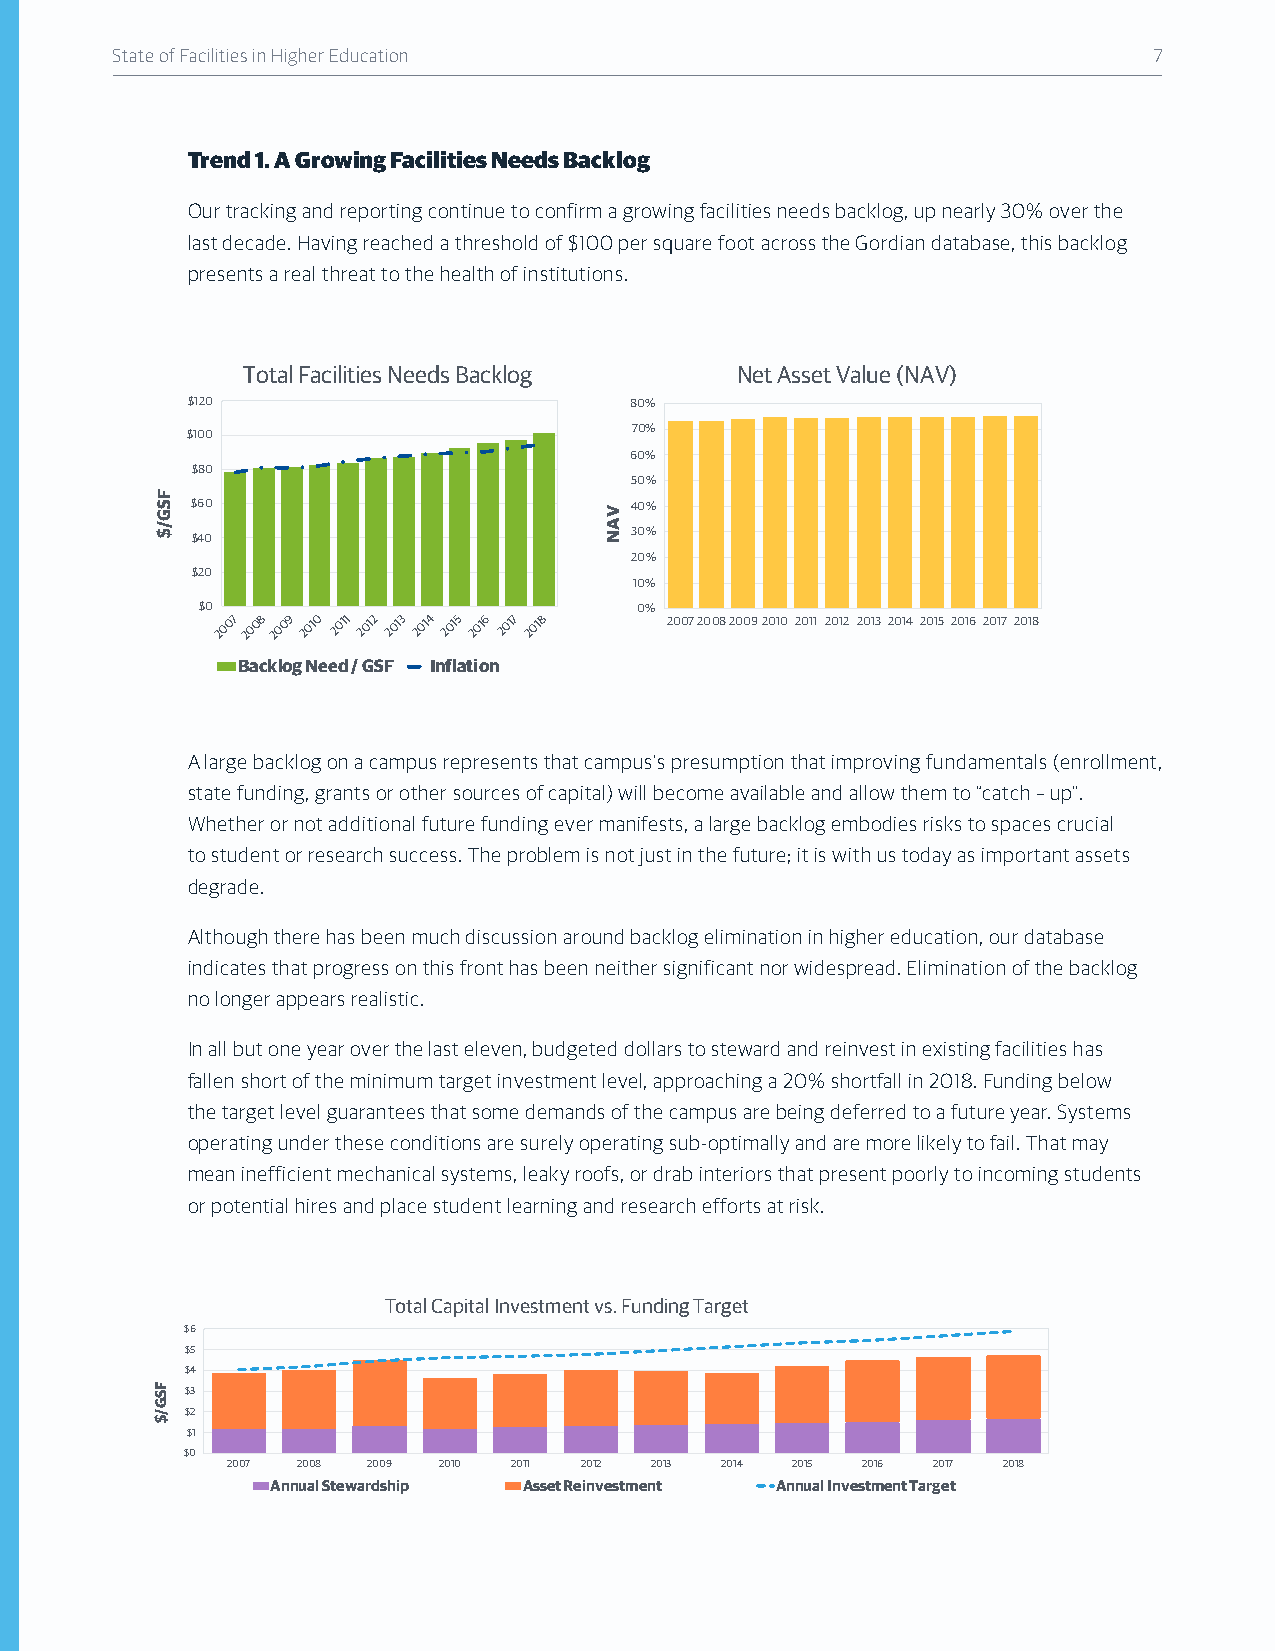
State of Facilities in Higher Education                              7
 Trend 1. A Growing Facilities Needs Backlog
 Our tracking and reporting continue to confirm a growing facilities needs backlog, up nearly 30% over the
 last decade. Having reached a threshold of $100 per square foot across the Gordian database, this backlog
 presents a real threat to the health of institutions.
 Total Facilities Needs Backlog   Net Asset Value (NAV)
 $120                          80%
 $100                          70%
 60%
 $80
 50%
 $60                          40%
 30%
 $40
 20%
 $20
 10%
 $0                           0%
 2007 2008 2009 2010 2011 2012 2013 2014 2015 2016 2017 2018 2007200820092010 2011 2012 2013 2014 2015 2016 2017 2018
 Backlog Need / GSF Inflation
 A large backlog on a campus represents that campus’s presumption that improving fundamentals (enrollment,
 state funding, grants or other sources of capital) will become available and allow them to “catch – up”.
 Whether or not additional future funding ever manifests, a large backlog embodies risks to spaces crucial
 to student or research success. The problem is not just in the future; it is with us today as important assets
 degrade.
 Although there has been much discussion around backlog elimination in higher education, our database
 indicates that progress on this front has been neither significant nor widespread. Elimination of the backlog
 no longer appears realistic.
 In all but one year over the last eleven, budgeted dollars to steward and reinvest in existing facilities has
 fallen short of the minimum target investment level, approaching a 20% shortfall in 2018. Funding below
 the target level guarantees that some demands of the campus are being deferred to a future year. Systems
 operating under these conditions are surely operating sub-optimally and are more likely to fail. That may
 mean inefficient mechanical systems, leaky roofs, or drab interiors that present poorly to incoming students
 or potential hires and place student learning and research efforts at risk.
 Total Capital Investment vs. Funding Target
 $6
 $5
 $4
 $3
 $2
 $1
 $0
 2007 2008 2009 2010 2011 2012 2013 2014 2015 2016 2017 2018
 Annual Stewardship Asset Reinvestment Annual Investment Target
 FSG/$
 FSG/$
 VAN